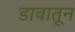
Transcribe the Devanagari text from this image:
डावातून